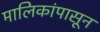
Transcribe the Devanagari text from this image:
मालिकांपासून